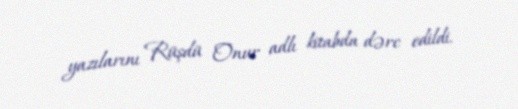
yazılarını Rüşdü Onur adlı kitabda dərc edildi.